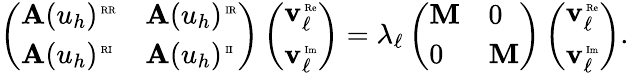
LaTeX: \begin{array}{r}{\left(\begin{array}{ll}{\mathbf{A}(u_{h})^{\mathrm{\tiny\mathrm{~RR}}}}&{\mathbf{A}(u_{h})^{\mathrm{\tiny\mathrm{~IR}}}}\\ {\mathbf{A}(u_{h})^{\mathrm{\tiny\mathrm{~RI}}}}&{\mathbf{A}(u_{h})^{\mathrm{\tiny\mathrm{~II}}}}\end{array}\right)\left(\begin{array}{l}{\mathbf{v}_{\ell}^{\mathrm{\tiny\mathrm{~Re}}}}\\ {\mathbf{v}_{\ell}^{\mathrm{\tiny\mathrm{~Im}}}}\end{array}\right)=\lambda_{\ell}\left(\begin{array}{ll}{\mathbf{M}}&{0}\\ {0}&{\mathbf{M}}\end{array}\right)\left(\begin{array}{l}{\mathbf{v}_{\ell}^{\mathrm{\tiny\mathrm{~Re}}}}\\ {\mathbf{v}_{\ell}^{\mathrm{\tiny\mathrm{~Im}}}}\end{array}\right).}\end{array}